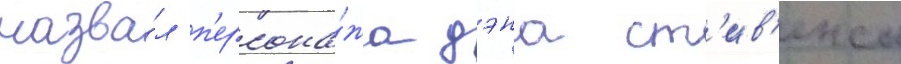
назва́л п'ерсона́жа дэна ст'ив'енса